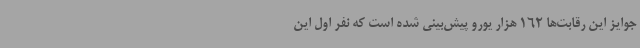
جوایز این رقابت‌ها 162 هزار یورو پیش‌بینی شده است که نفر اول این